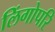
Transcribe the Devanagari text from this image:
लिंगोपरि